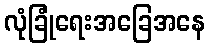
လုံခြုံရေးအခြေအနေ